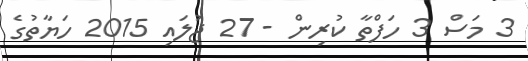
3 މަސް 3 ހަފްތާ ކުރިން - 27 ޖުލައި 2015 ހަޔާތުގެ